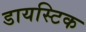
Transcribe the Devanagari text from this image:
डायस्टिक